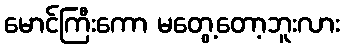
မောင်ကြီးကော မတွေ့တော့ဘူးလား